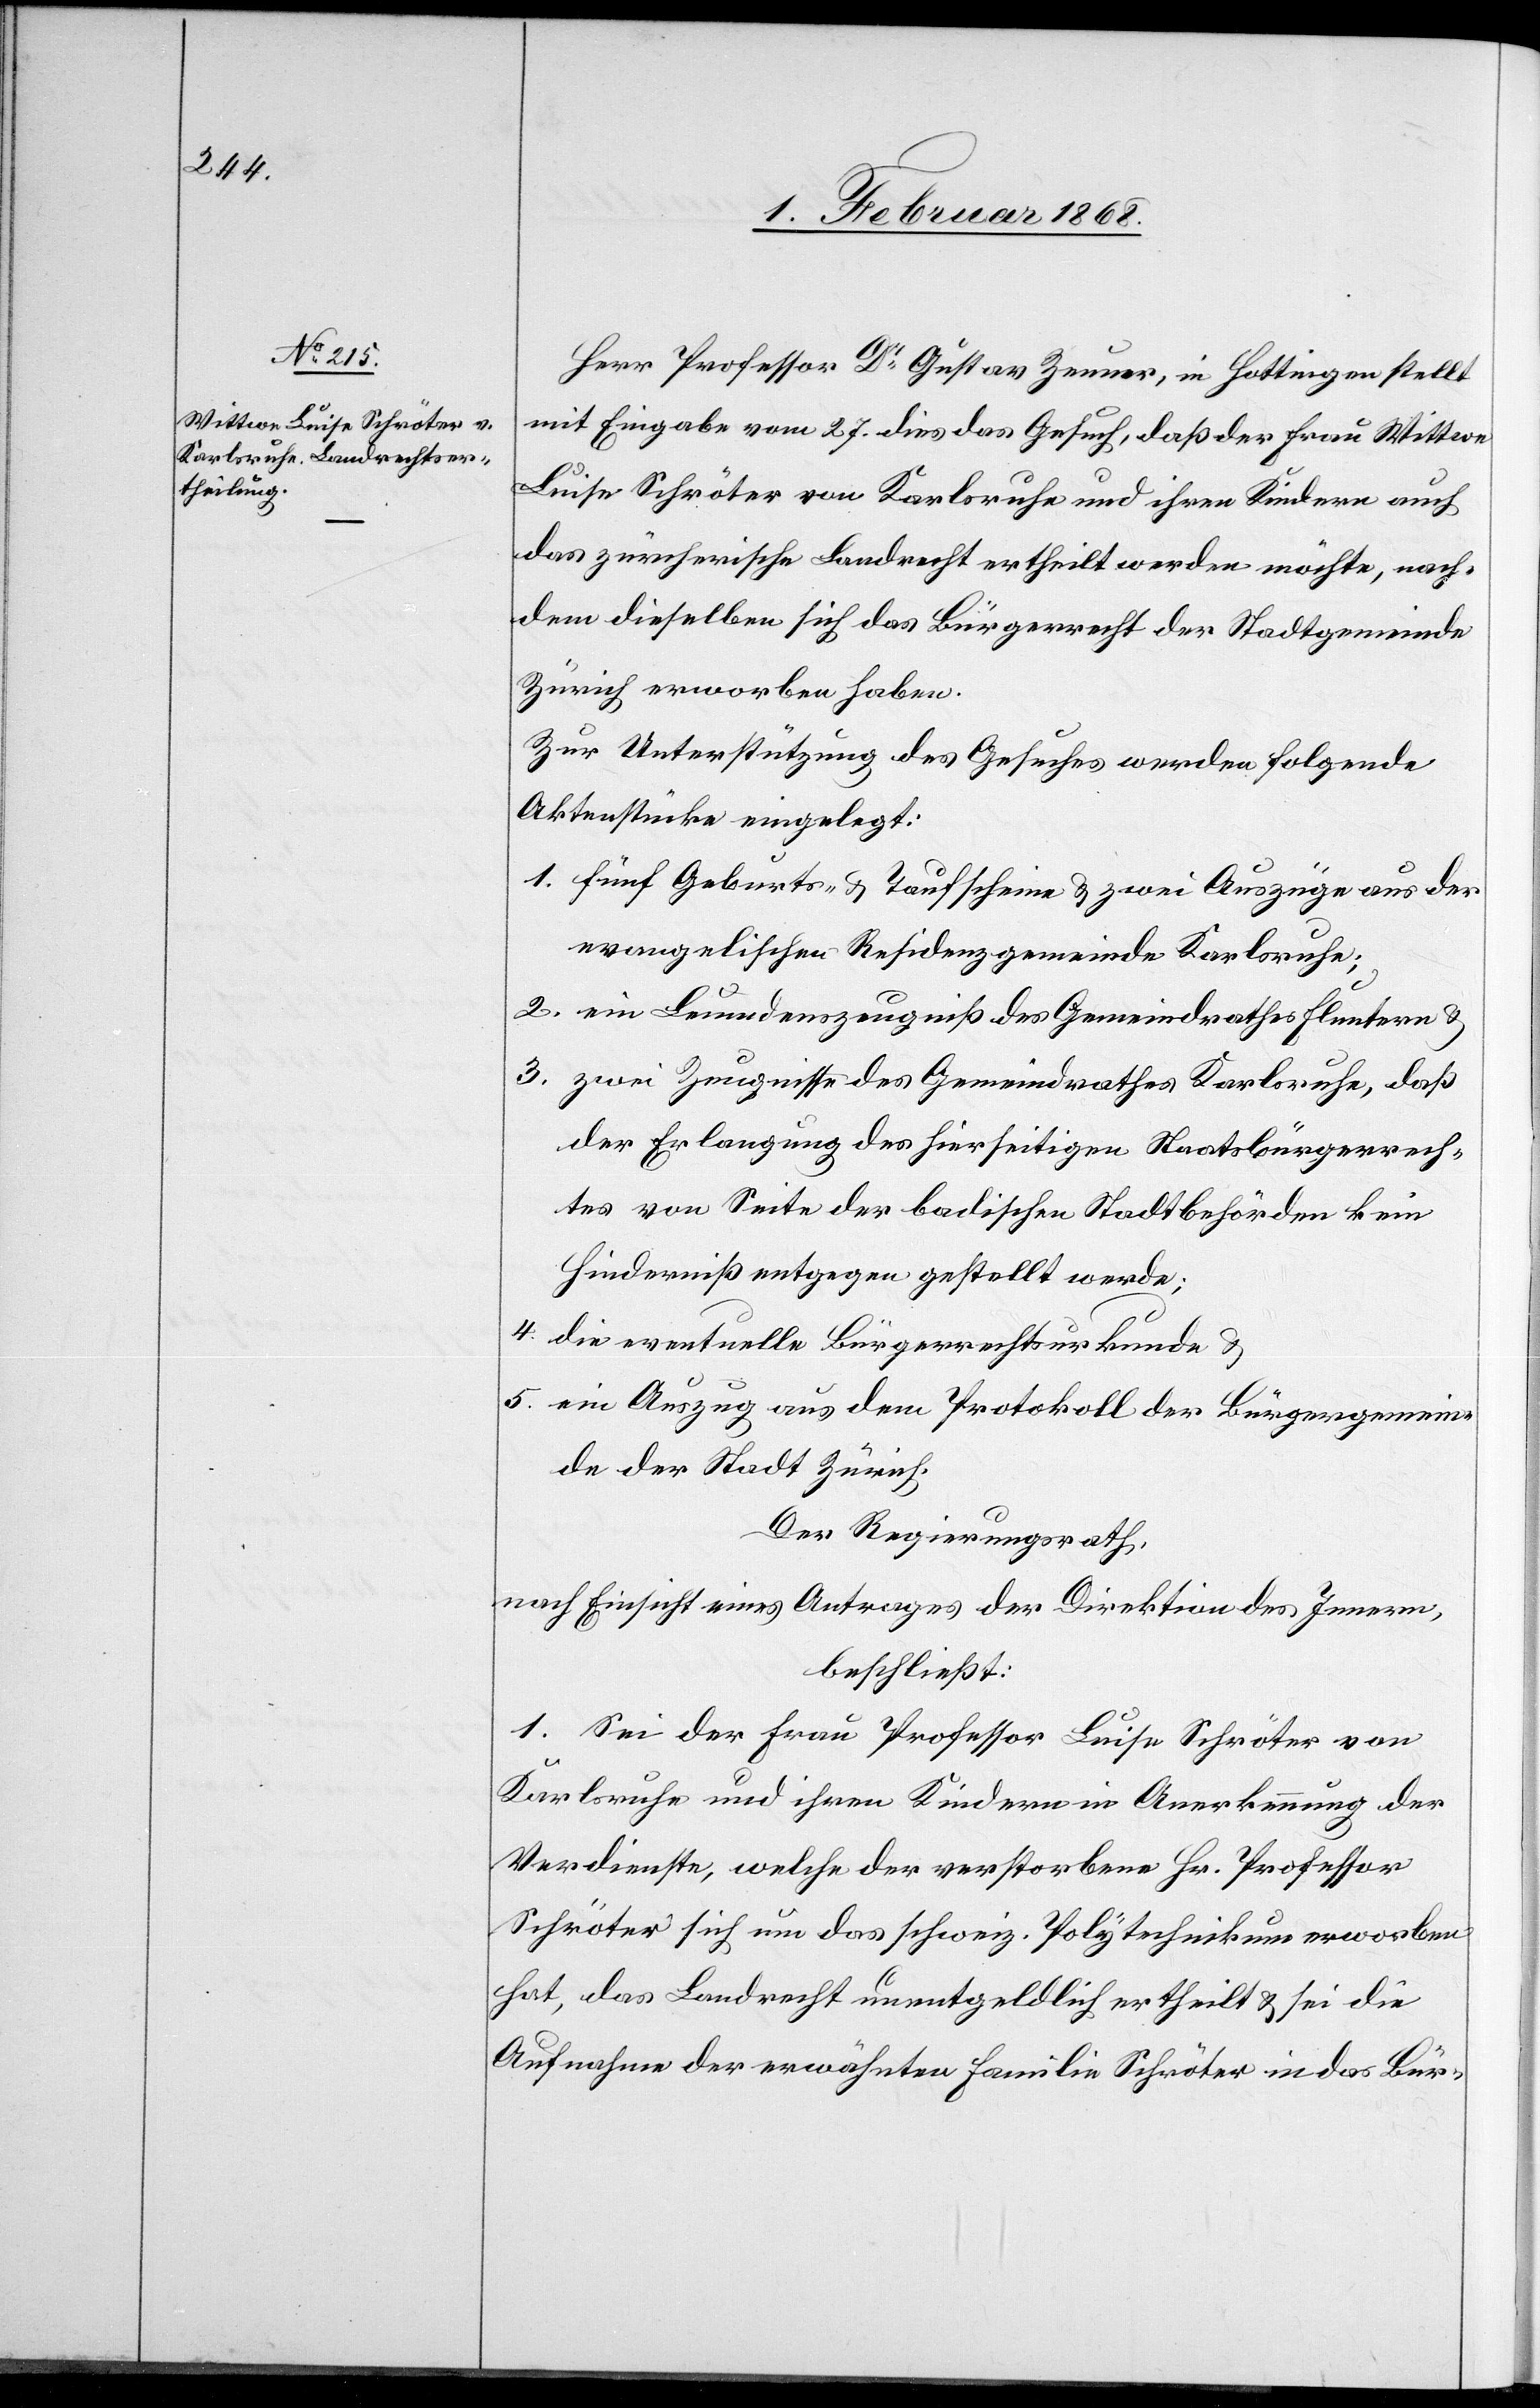
Herr Professor Dr. Gustav Zeuner, in Hottingen stellt
mit Eingabe vom 27. dies das Gesuch, daß der Frau Wittwe
Luise Schröter von Karlsruhe und ihren Kindern auch
das zürcherische Landrecht ertheilt werden möchte, nach¬
dem dieselben sich das Bürgerrecht der Stadtgemeinde
Zürich erworben haben.
Zur Unterstützung des Gesuches werden folgende
Aktenstücke eingelegt:
fünf Geburts- & Taufscheine & zwei Auszüge aus der
evangelischen Residenzgemeinde Karlsruhe;
2.
ein Leumdenszeugniß des Gemeindrathes Fluntern &
zwei Zeugnisse des Gemeindrathes Karlsruhe, daß
der Erlangung des hierseitigen Staatsbürgerrech¬
tes von Seite der badischen Stadtbehörden kein
Hinderniß entgegen gestellt werde;
die eventuelle Bürgerrechtsurkunde &
ein Auszug aus dem Protokoll der Bürgergemein¬
de der Stadt Zürich.
Der Regierungsrath,
nach Einsicht eines Antrages der Direktion des Innern,
beschließt:
1. Sei der Frau Professor Luise Schröter von
Karlsruhe und ihren Kindern in Anerkennung der
Verdienste, welche der verstorbene Hr. Professor
Schröter sich um das schweiz. Polytechnikum erworben
hat, das Landrecht unentgeldlich ertheilt & sei die
Aufnahme der erwähnten Familie Schröter in das Bür-